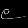
Digit: ၉